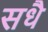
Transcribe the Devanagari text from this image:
सधै